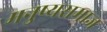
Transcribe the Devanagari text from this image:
मनुष्यसमाज